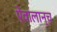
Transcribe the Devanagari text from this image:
ऐवालान्च